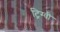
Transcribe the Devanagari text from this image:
ट्रिग्वी